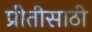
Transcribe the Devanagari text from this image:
प्रीतीसाठी